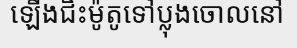
ឡើងជិះម៉ូតូទៅប្លុងចោលនៅ